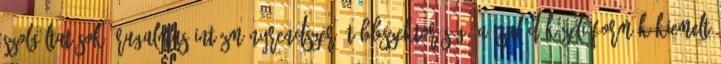
szolgáltatások, Rugalmas intézményrendszer, többszektorúság, A család közeli formák kiemelt